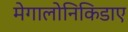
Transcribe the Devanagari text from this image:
मेगालोनिकिडाए